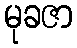
မုခဇာ